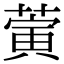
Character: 蔩